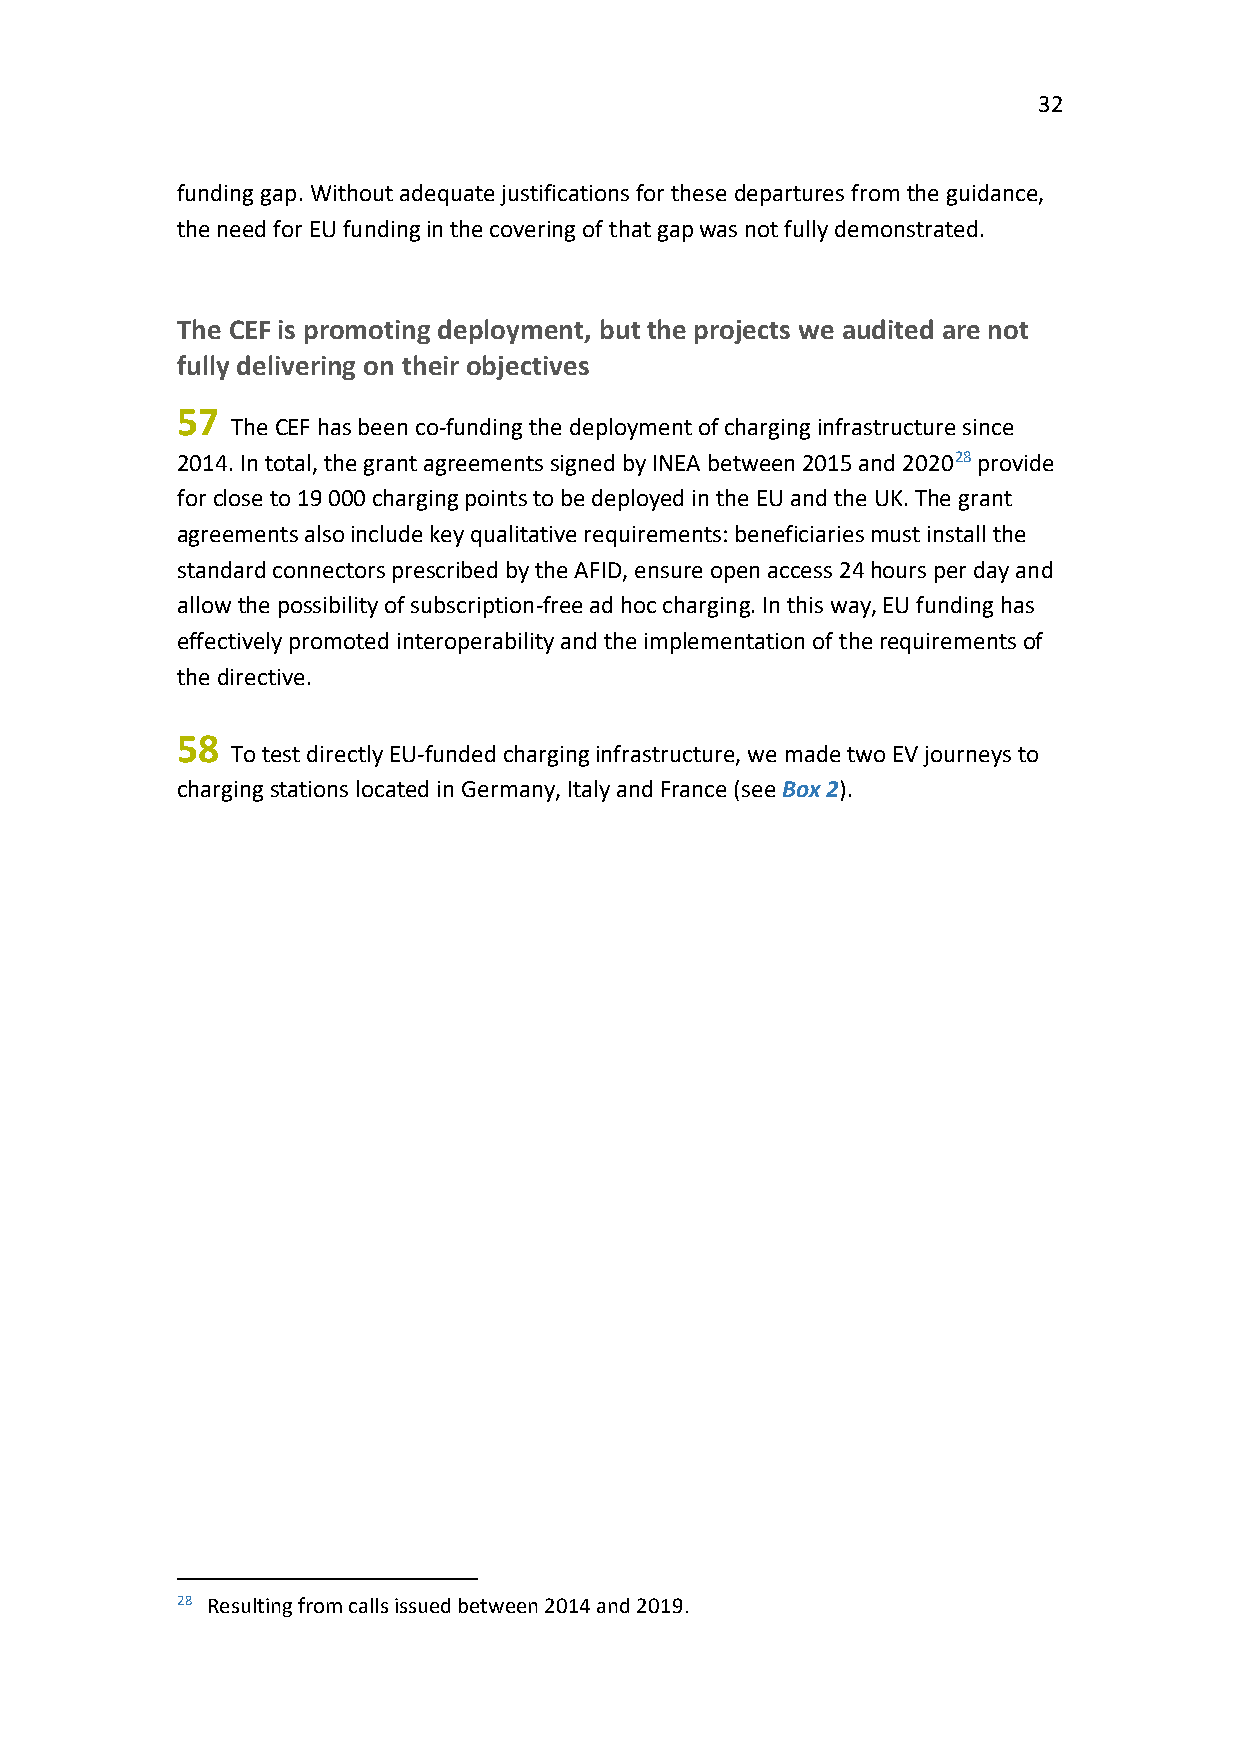
32
 funding gap. Without adequate justifications for these departures from the guidance,
 the need for EU funding in the covering of that gap was not fully demonstrated.
 The CEF is promoting deployment, but the projects we audited are not
 fully delivering on their objectives
 57
 The CEF has been co-funding the deployment of charging infrastructure since
 2014. In total, the grant agreements signed by INEA between 2015 and 202028 provide
 for close to 19 000 charging points to be deployed in the EU and the UK. The grant
 agreements also include key qualitative requirements: beneficiaries must install the
 standard connectors prescribed by the AFID, ensure open access 24 hours per day and
 allow the possibility of subscription-free ad hoc charging. In this way, EU funding has
 effectively promoted interoperability and the implementation of the requirements of
 the directive.
 58
 To test directly EU-funded charging infrastructure, we made two EV journeys to
 charging stations located in Germany, Italy and France (see Box 2).
 28 Resulting from calls issued between 2014 and 2019.